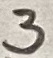
Text: 3